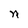
Character: n